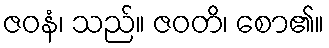
ဇဝနံ၊ သည်။ ဇဝတိ၊ စော၏။